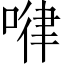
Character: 𠷈